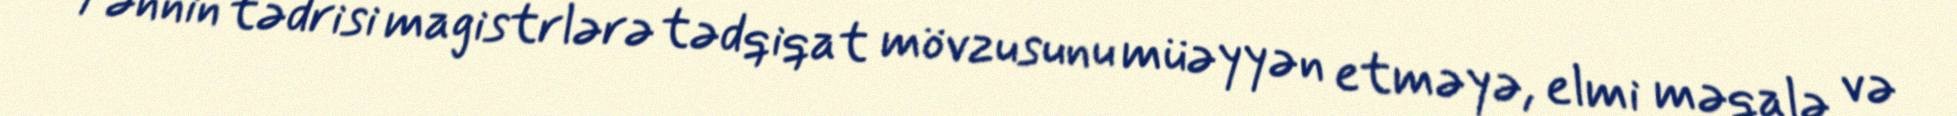
Fənnin tədrisi magistrlərə tədqiqat mövzusunu müəyyən etməyə, elmi məqalə və